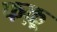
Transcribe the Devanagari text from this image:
फक़्र